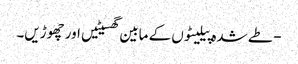
- طے شدہ پیلیٹوں کے مابین گھسیٹیں اور چھوڑیں۔